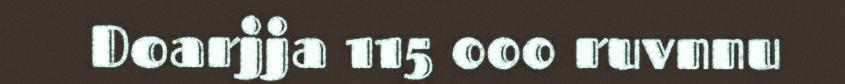
Doarjja 115 000 ruvnnu